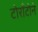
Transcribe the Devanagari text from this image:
टोराँटोने